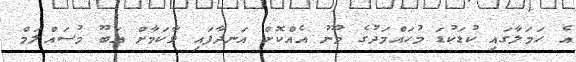
އެ ހަމަލާގައި ކުޑަކުޑަ މުހައްމަދުގެ މޫނު އެއްކޮށް އަނދާފައި ވާކަމާށް އަބޫ މުސައްލަމް